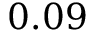
0 . 0 9